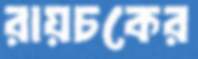
রায়চকের